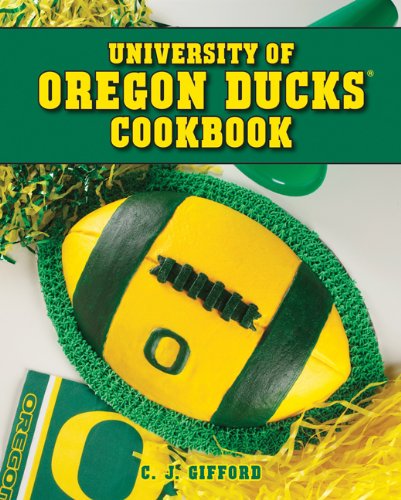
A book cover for University of Oregon Ducks Cookbook; Carol Gifford; Cookbooks, Food & Wine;